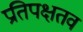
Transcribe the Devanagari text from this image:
प्रतिपक्षतव